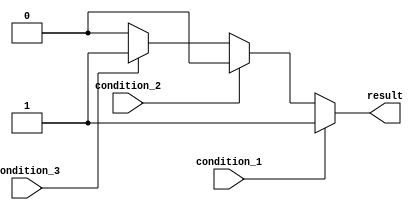
module priority_case(
    input wire condition_1,
    input wire condition_2,
    input wire condition_3,
    output reg result
);

always @* begin
    // Priority case statement
    case (1)
        condition_1: begin
            result = 1;
        end
        condition_2: begin
            result = 2;
        end
        condition_3: begin
            result = 3;
        end
        default: begin
            result = 0;
        end
    endcase
end

endmodule